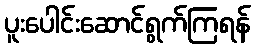
ပူးပေါင်းဆောင်ရွက်ကြရန်